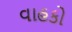
વાહકો